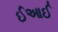
ઈઆઈ